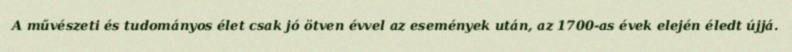
A művészeti és tudományos élet csak jó ötven évvel az események után, az 1700-as évek elején éledt újjá.